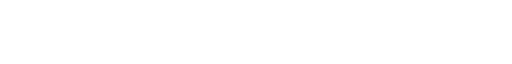
[3][4]
3.1 اقتباس
3.2 تعلیم
3.3 والد دا قتل
3.4 خصوصی خواب
3.5 وفات
4 خاتون ہیرو
نازو توخی صوبہ قندہار دے اسپوشمائزگل (جو تھازی دے نیڑے واقع اے ) پنڈ وچ اک متمول تے طاقتور پشتون خاندان وچ اکھ کھولی انہاں دے والد سلطان ملکخیئ توخی افغانستان دے مشہور قبیلے توخی دا سربراہ تے غزنی دا گورنر سن ۔